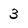
Character: 3